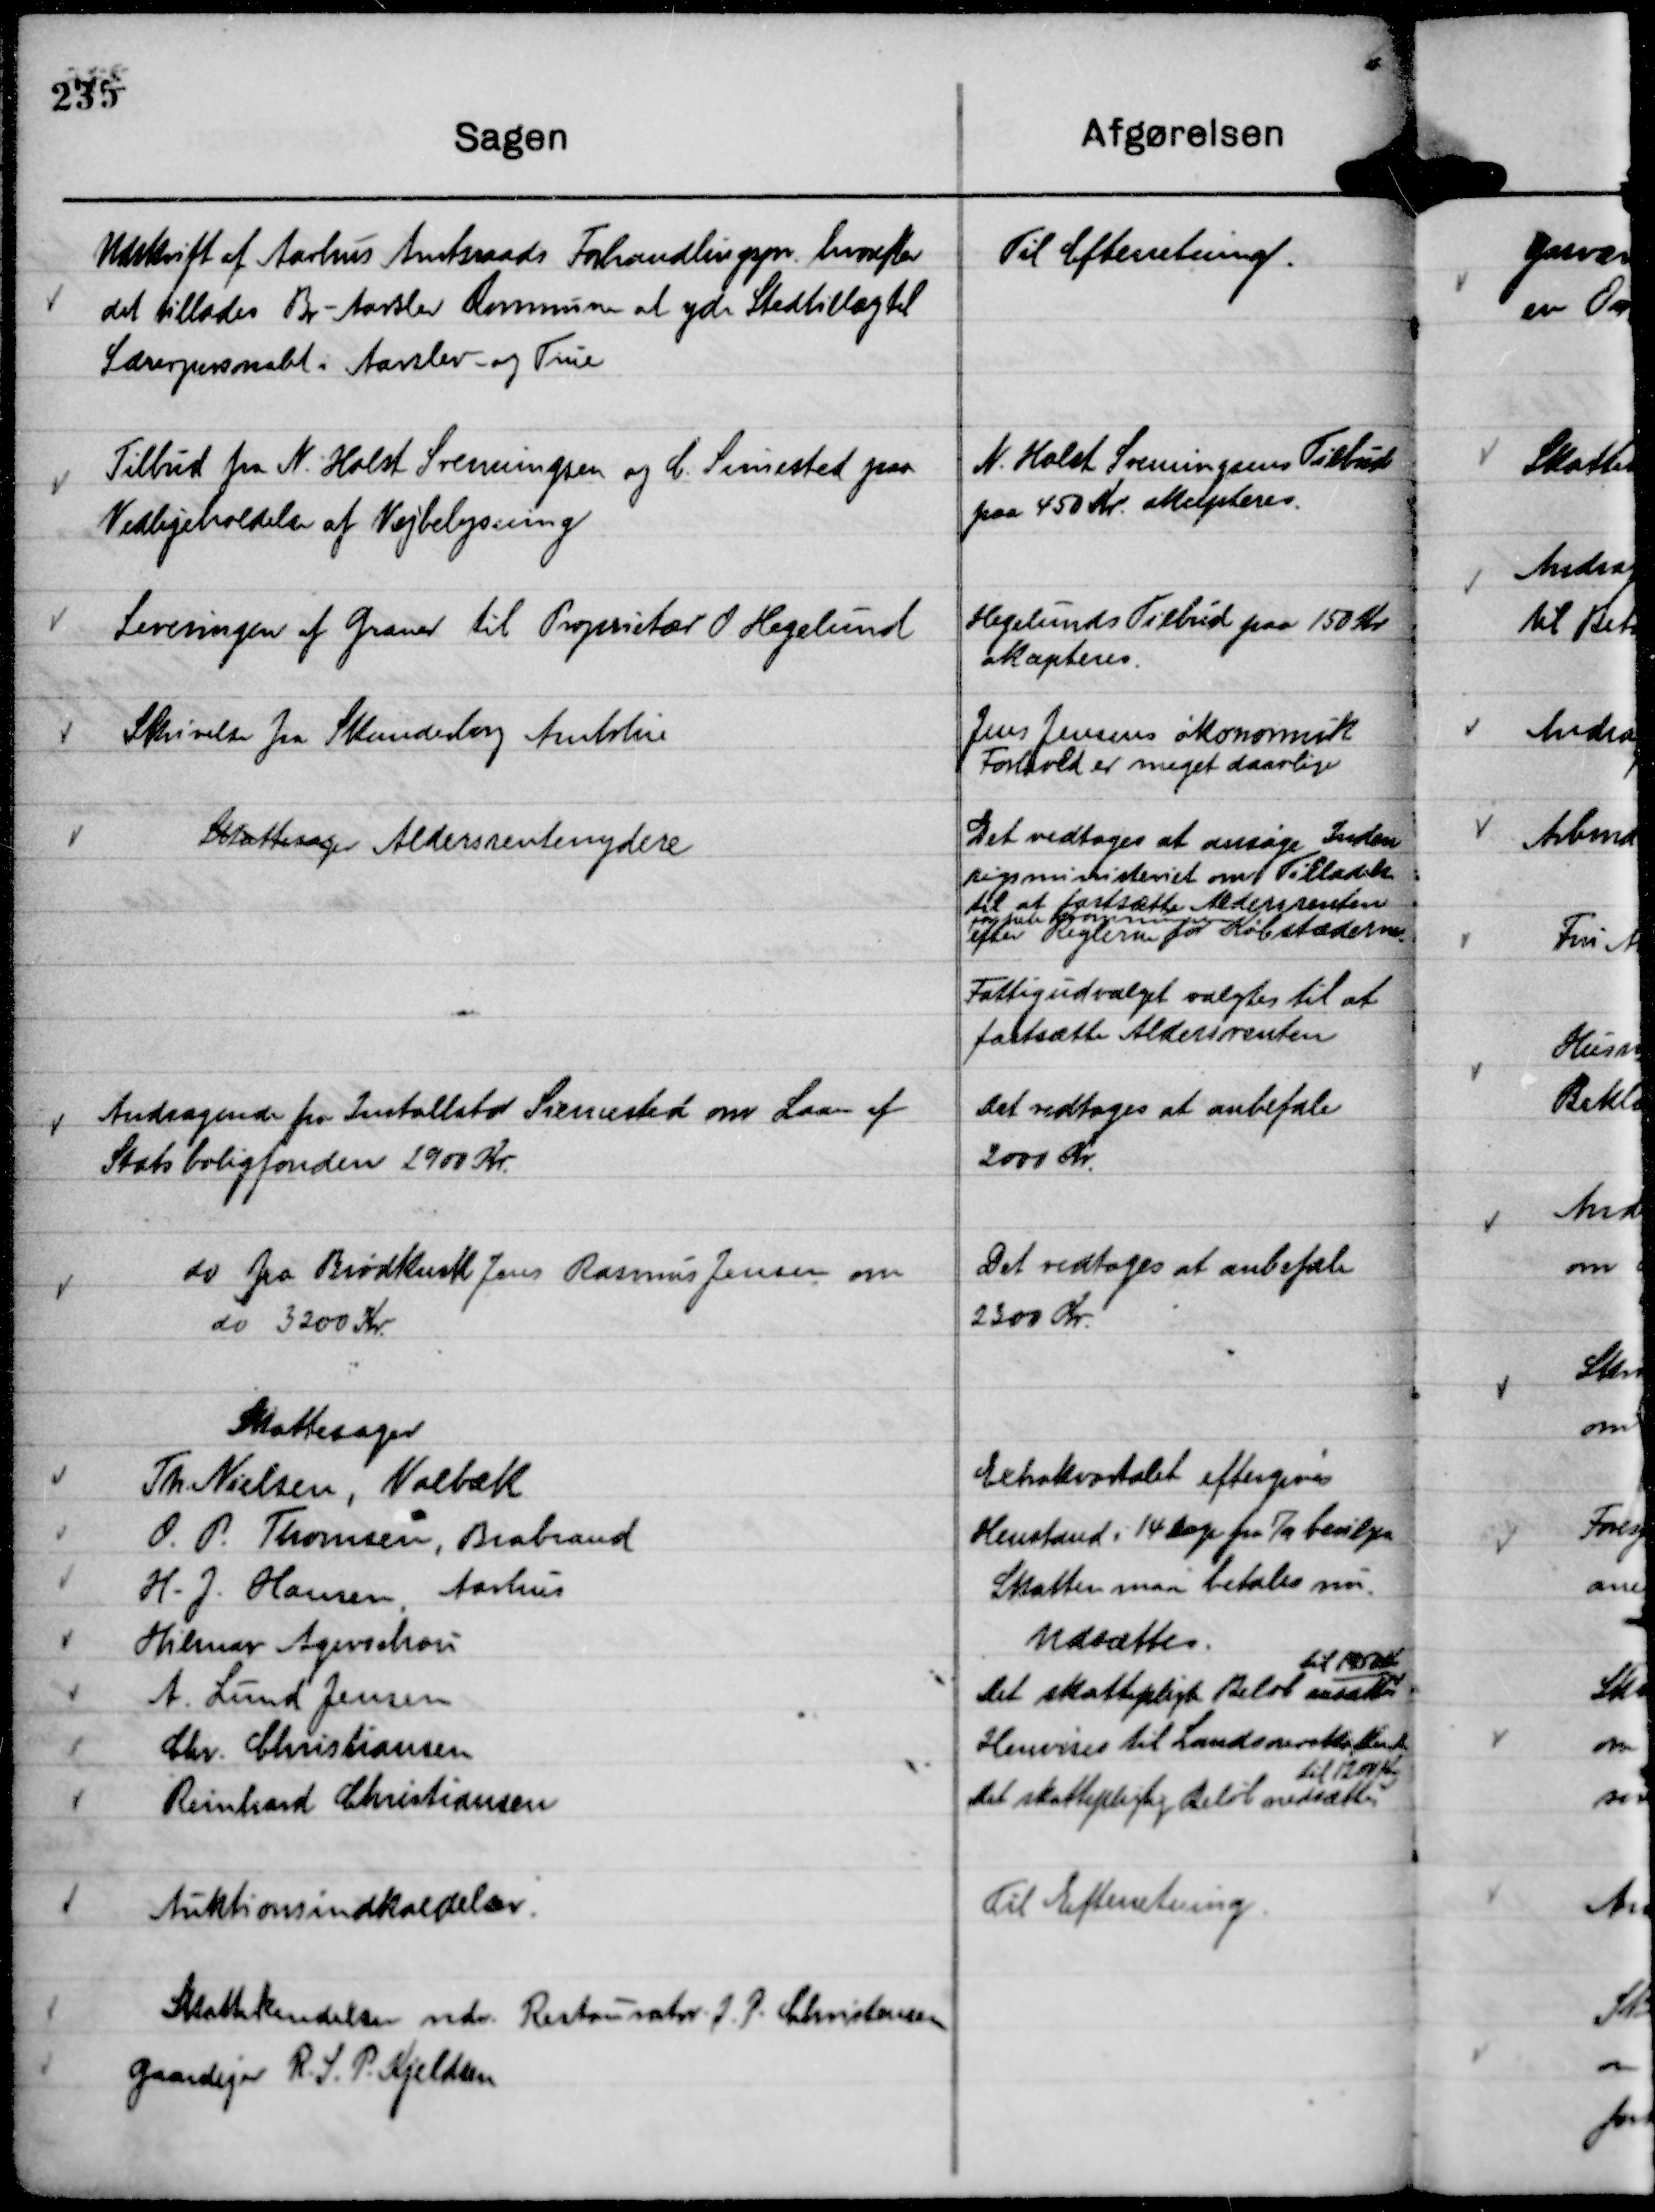
Transskription:
Udskrift af Aarhus Amtsraads Forhandlingspr. hvorefter
det tillades Br - Aarslev Kommune at yde Stedtillæg til
Lærerpersonalet i Aarslev  - og True

Til Efterretning.

Tilbud fra N. Holst Svenningsen og C. Simested paa
Vedligeholdelse af Vejbelysning

N. Holst Svenningsens Tilbud
paa 450 Kr. akcepteres.

Leveringen af Graner til Proprietær O. Hegelund

Hegelunds Tilbud paa 150 Kr
akcepteres.

Skrivelse fra Skanderborg Amtstue

Jens Jensens økonomisk
Forhold er meget daarlige

Skattesager Aldersrentenydere

Det vedtoges at ansøge Inden
rigsministeriet om Tilladelse
til at fastsætte Aldersrenten
for hele Kommunen
efter Reglerne for Købstæderne.

Fattigudvalget valgtes til at
fastsætte Aldersrenten

Andragende fra Installatør Simested om Laan af
Statsboligfonden 2900 Kr.

Det vedtoges at anbefale
2000 Kr.

do fra Brødkusk Jens Rasmus Jensen om
do 3200 Kr.

Det vedtoges at anbefale
2300 Kr.

Auktionsindkaldelser.

Til Efterretning.

Skattekendelser vedr. Restauratør J. P. Christensen
Gaardejer R. S. P. Kjeldsen